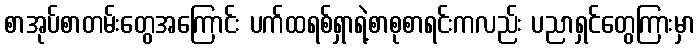
စာအုပ်စာတမ်းတွေအကြောင်း ပက်ထရစ်ရှာရဲ့စာစုစာရင်းကလည်း ပညာရှင်တွေကြားမှာ